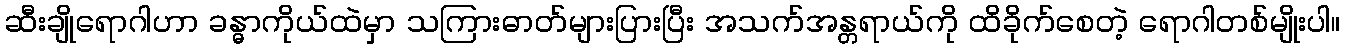
ဆီးချိုရောဂါဟာ ခန္ဓာကိုယ်ထဲမှာ သကြားဓာတ်များပြားပြီး အသက်အန္တရာယ်ကို ထိခိုက်စေတဲ့ ရောဂါတစ်မျိုးပါ။